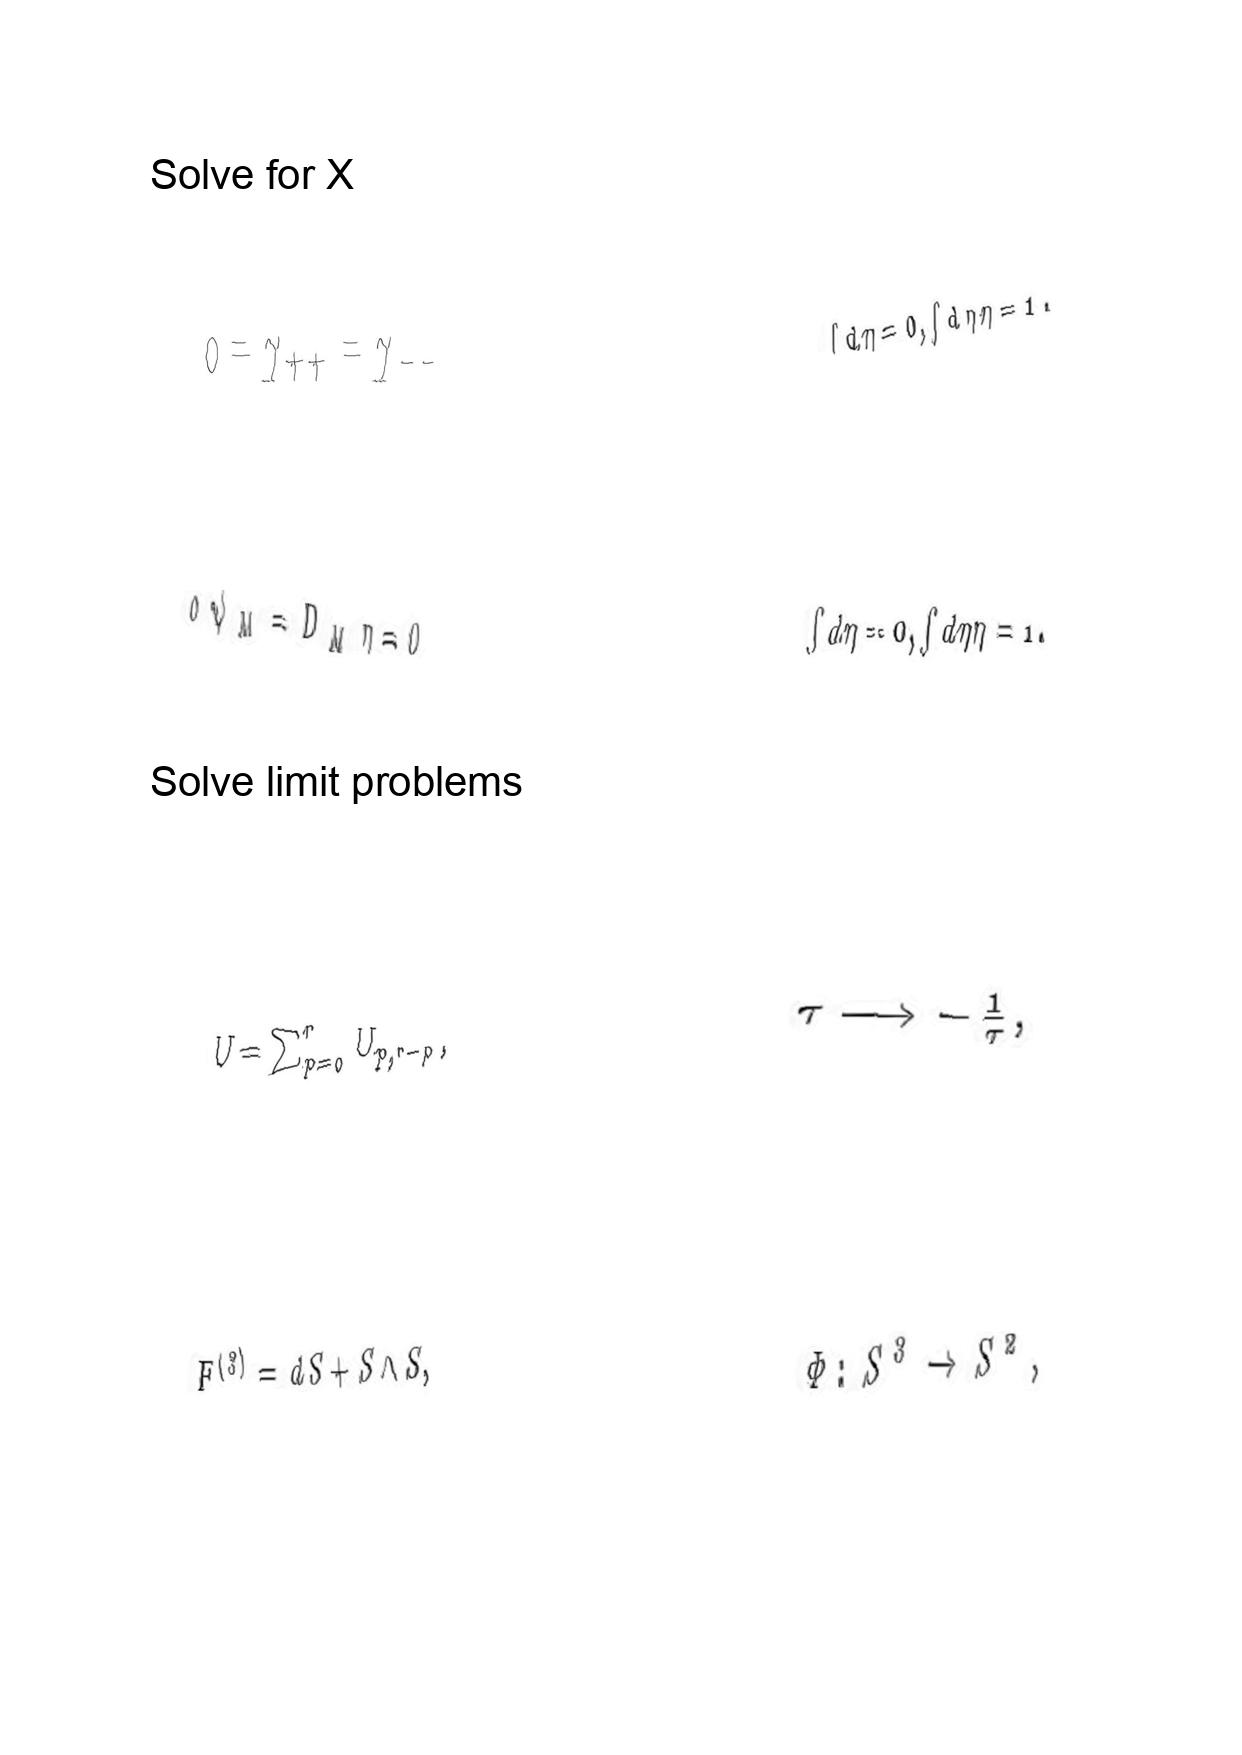
LaTeX transcription:
0 = \gamma _ { + + } = \gamma _ { - - }
\delta \psi _ { M } = D _ { M } \eta = 0
U = \sum _ { p = 0 } ^ { r } U _ { p , r - p } ,
F ^ { \lparen 3 \rparen } = d S + S \wedge S ,
\int d \eta = 0 , \int d \eta \eta = 1 .
\int d \eta = 0 , \int d \eta \eta = 1 .
\tau \longrightarrow - \frac { 1 } { \tau } ,
\Phi : S ^ { 3 } \rightarrow S ^ { 2 } ,